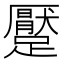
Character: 𲄊